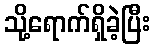
သို့ရောက်ရှိခဲ့ပြီး